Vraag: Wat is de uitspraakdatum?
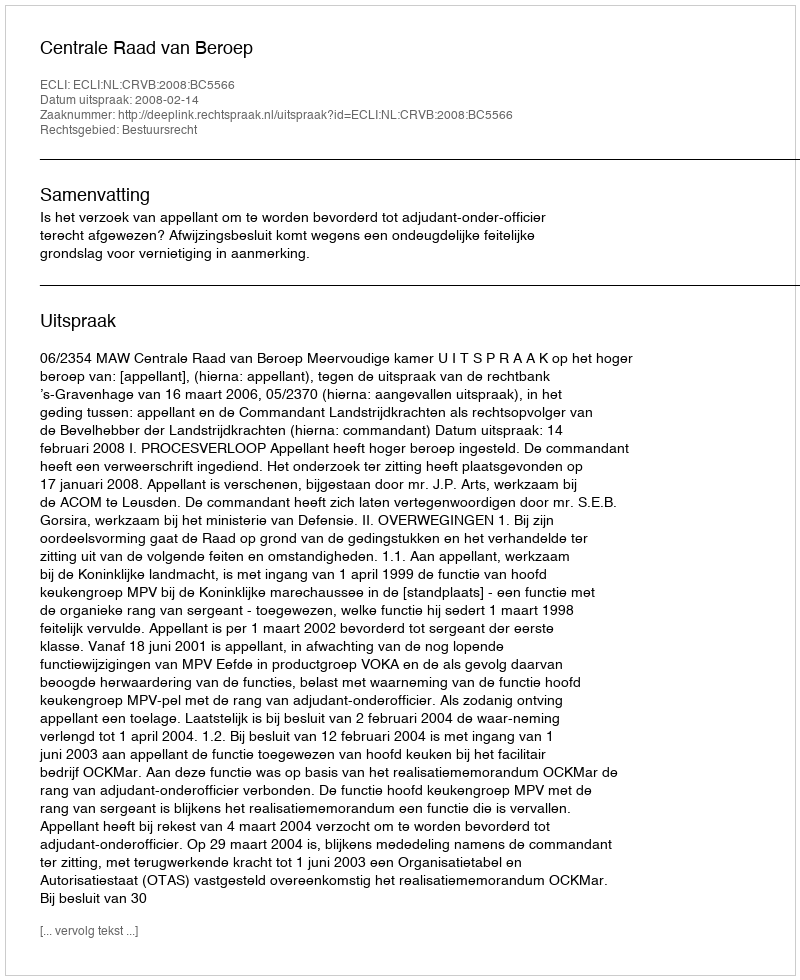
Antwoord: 2008-02-14